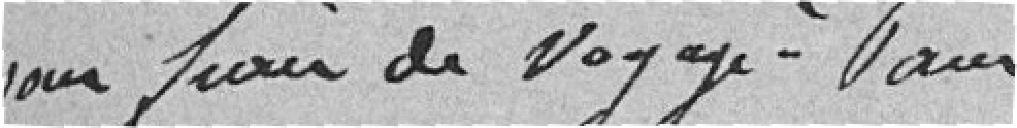
pour frais de voyage à Paris